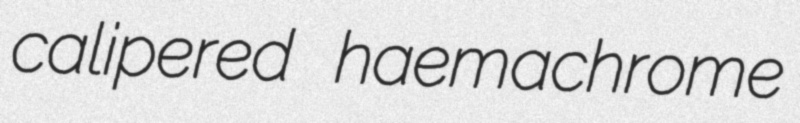
calipered haemachrome